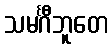
သမင်္ဂီဘူတေ